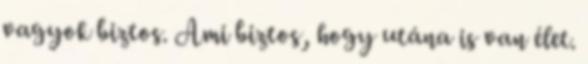
vagyok biztos. Ami biztos, hogy utána is van élet.